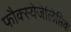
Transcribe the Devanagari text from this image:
फौक्स्येजेलिप्तिक